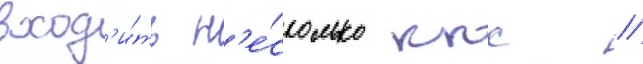
вход'и́ть н'е́сколько ккс /